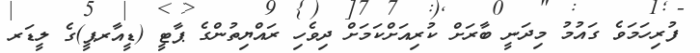
ފުރިހަމަވެ ގައުމު މިދަނީ ބާރަށް ކުރިއަށްކަމަށް ދިވެހި ރައްޔިތުންގެ ޕާޓީ (ޑީއާރޕީ)ގެ ލީޑަރ